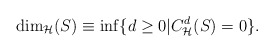
\begin{align*}\dim_{\mathcal{H}}(S)\equiv\inf\{d\geq0|C_{\mathcal{H}}^d(S)=0\}.\end{align*}